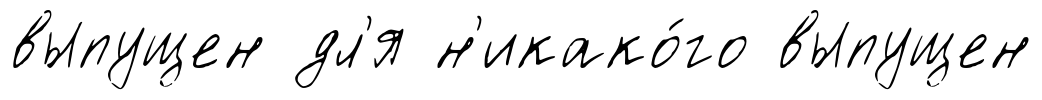
выпущен дл'я н'икако́го выпущен